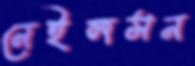
নেইলসন